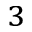
^ 3